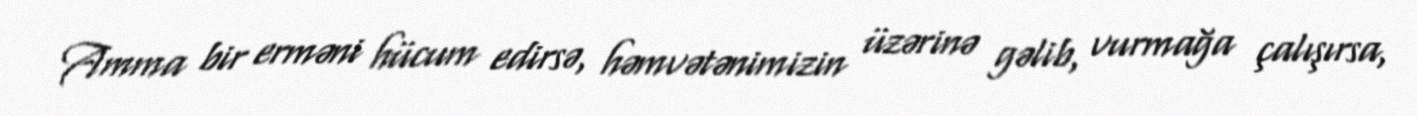
Amma bir erməni hücum edirsə, həmvətənimizin üzərinə gəlib, vurmağa çalışırsa,